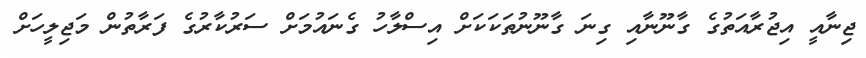
ޖިނާއީ އިޖުރާއަތުގެ ގާނޫނާއި ގިނަ ގާނޫނުތަކަކަށް އިސްލާހު ގެނައުމަށް ސަރުކާރުގެ ފަރާތުން މަޖިލީހަށް